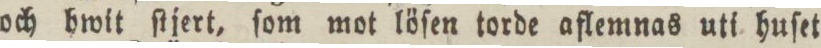
och hwit ſtjert, ſom mot löſen torde aflemnas uti huſet